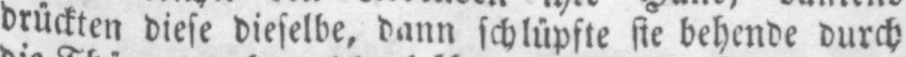
drückten diese dieselbe, dann schlüpfte sie behende durch